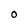
Character: 0